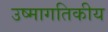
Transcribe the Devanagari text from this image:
उष्मागतिकीय